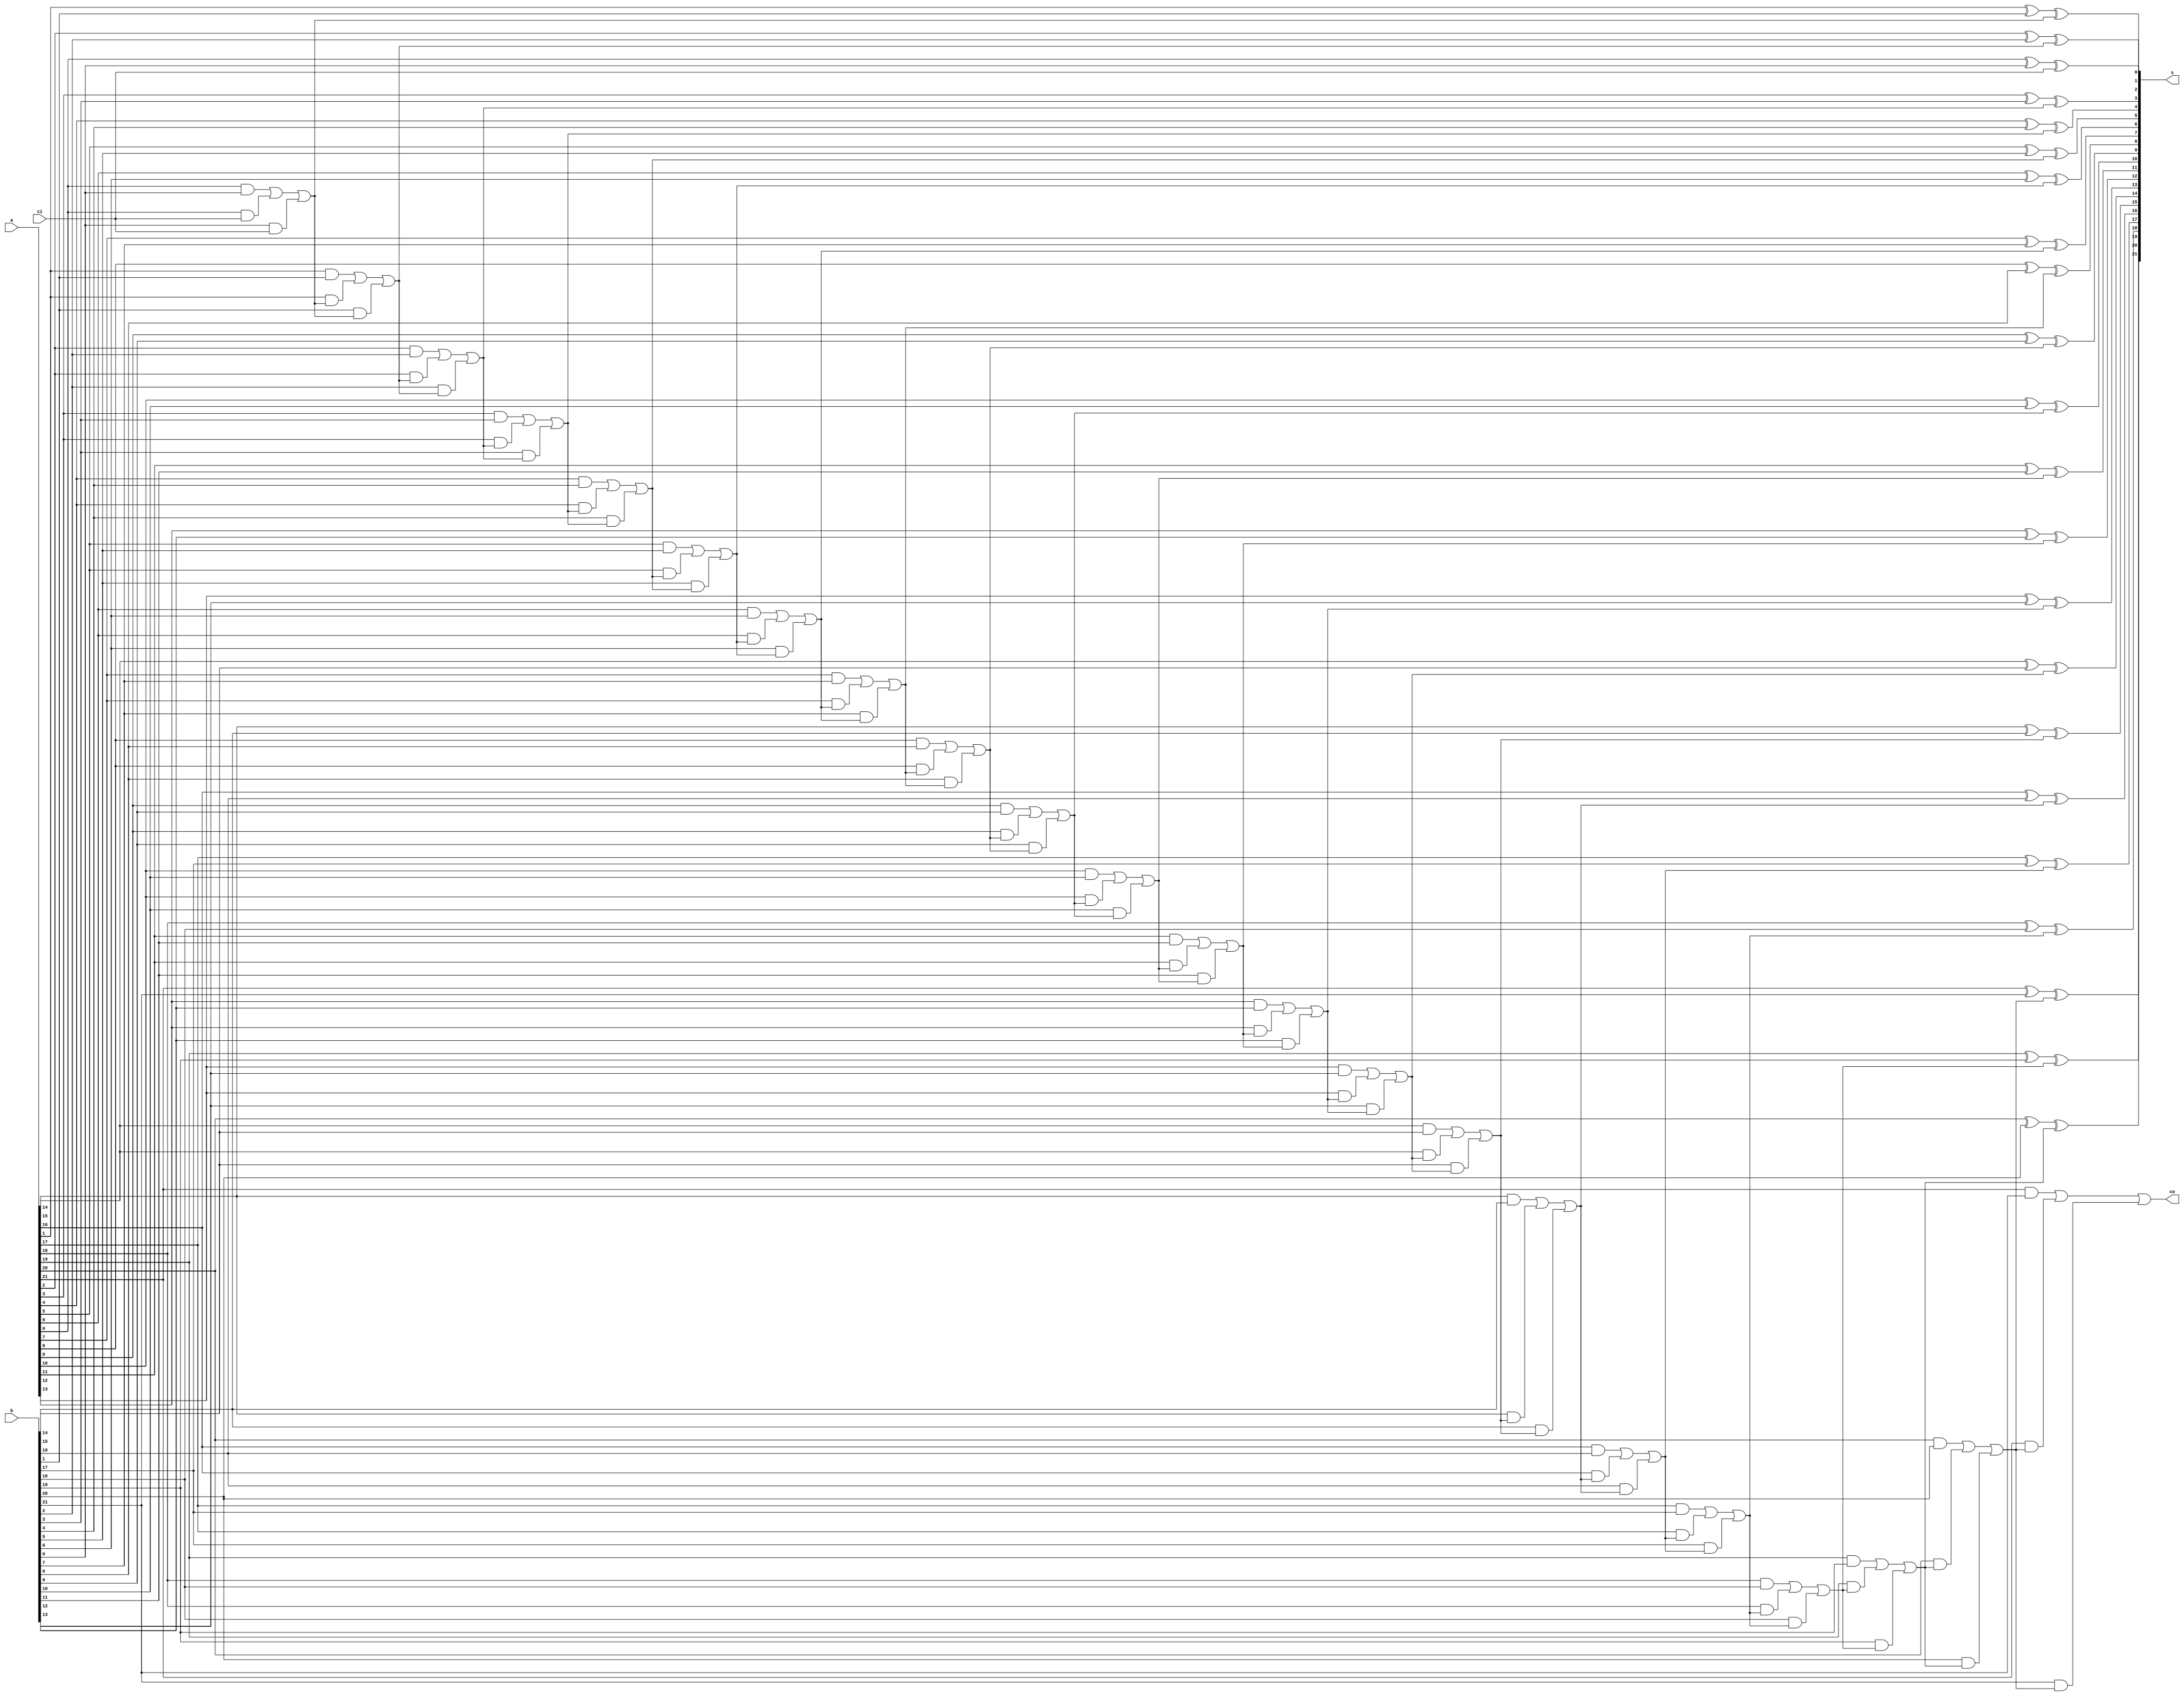
////////////////////////////////////////////////////////////////////////////////
// Company: zju
////////////////////////////////////////////////////////////////////////////////

module full_adder(a,b,s,ci,co);
	parameter n = 22;
	input [n-1:0] a,b;
	output reg [n-1:0] s;
	input ci;
	output co;
	
	integer i;
	reg [n:0] c;
	
	assign co = c[n];
	
	always @(*) begin
		c[0] = ci;
		for(i = 0;i <= n-1;i = i+1) begin
			s[i] = a[i] ^ b[i] ^ c[i];			//
			c[i+1] = a[i] && b[i] || a[i]&&c[i] || b[i] && c[i];	//
		end
	end
endmodule